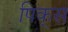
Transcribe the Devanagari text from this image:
पिक्‌स